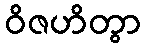
ဝိဇဟိတွာ